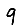
Digit: 9